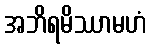
အဘိရမိဿာမဟံ